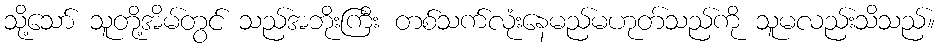
သို့သော် သူတို့အိမ်တွင် သည်အဘိုးကြီး တစ်သက်လုံးနေမည်မဟုတ်သည်ကို သူမလည်းသိသည်။